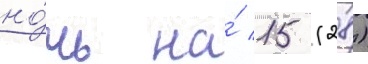
но́чь на́ 15 (28)